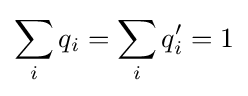
\sum _{i}q_{i}=\sum _{i}q_{i}'=1